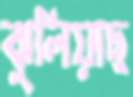
ঝুলিয়াছ